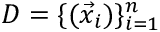
D = \{ ( \vec { x } _ { i } ) \} _ { i = 1 } ^ { n }